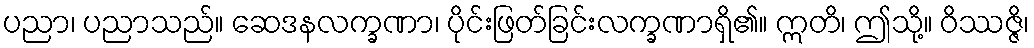
ပညာ၊ ပညာသည်။ ဆေဒနလက္ခဏာ၊ ပိုင်းဖြတ်ခြင်းလက္ခဏာရှိ၏။ ဣတိ၊ ဤသို့။ ဝိဿဇ္ဇိ၊